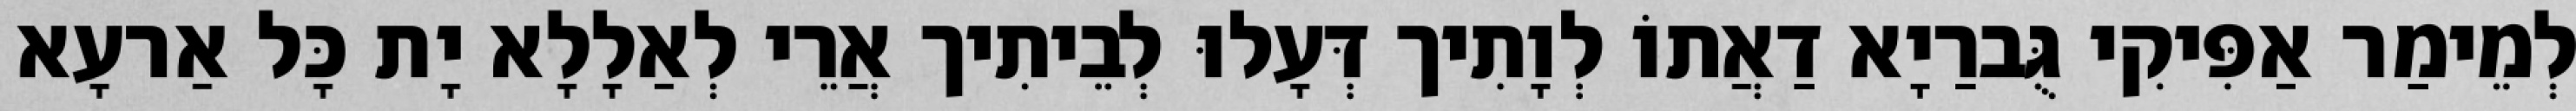
לְמֵימַר אַפִּיקִי גֻּברַיָא דַאֲתוֹ לְוָתִיך דְּעָלוּ לְבֵיתִיך אֲרֵי לְאַלָלָא יָת כָּל אַרעָא